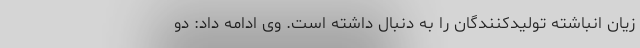
زیان انباشته تولیدکنندگان را به دنبال داشته است. وی ادامه داد: دو